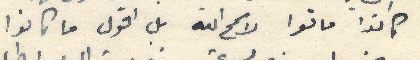
كانوا ماتوا لا سمح الله بل اقول ما كانوا